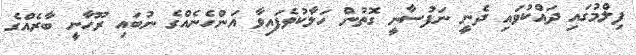
ފިލްމުގައި ދައްކުވައި ދެނީ ނަފުސާނީ ގޮތުން ހަލާކުވެފައިވާ އަންހެނެއްގެ ނުބައި ރޫހާނީ ބާރެއްގެ